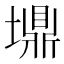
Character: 䵺